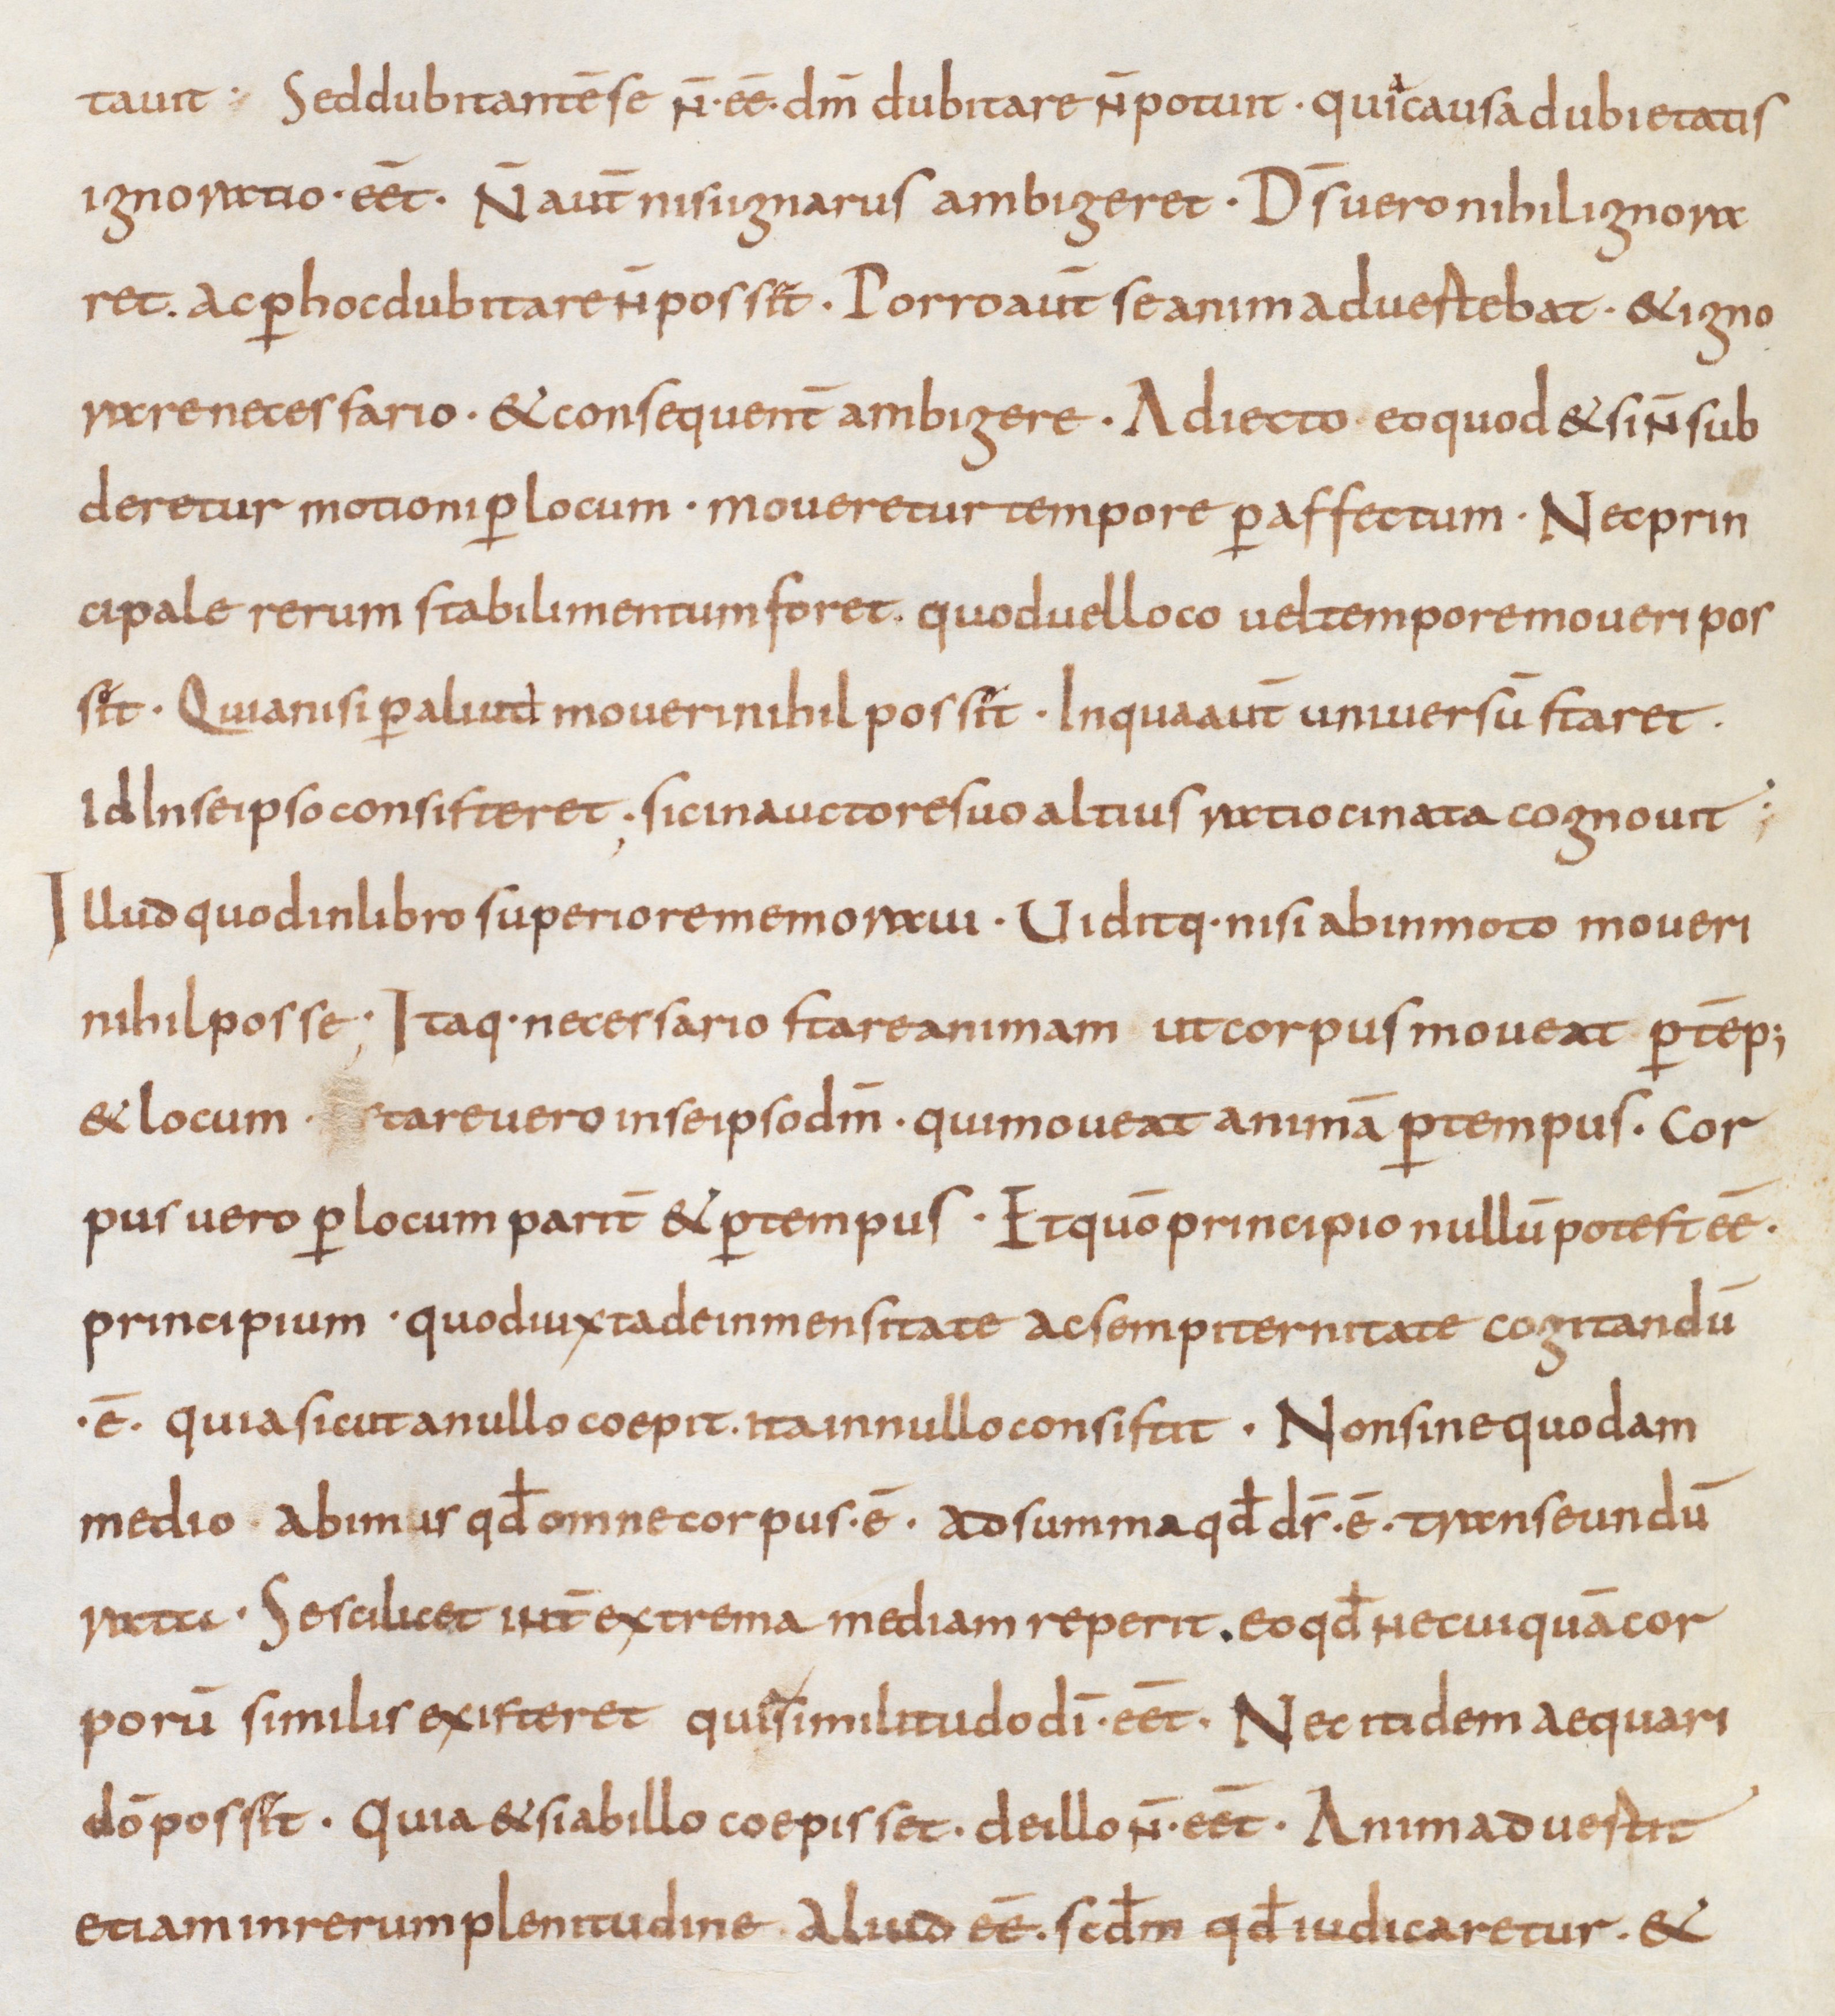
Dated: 850–874